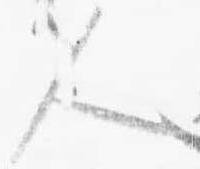
人